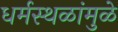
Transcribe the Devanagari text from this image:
धर्मस्थळांमुळे